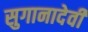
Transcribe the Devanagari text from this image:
सुगानादेवी